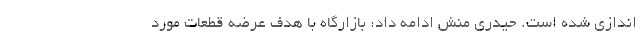
اندازی شده است. حیدری منش ادامه داد: بازارگاه با هدف عرضه قطعات مورد